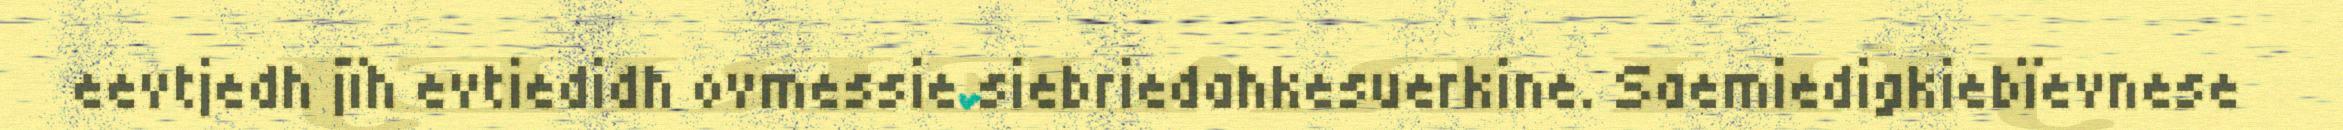
eevtjedh jïh evtiedidh ovmessie siebriedahkesuerkine. Saemiedigkiebïevnese